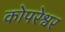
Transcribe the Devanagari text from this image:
कोपरेश्वर